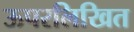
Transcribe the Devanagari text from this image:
ऊपरलिखित